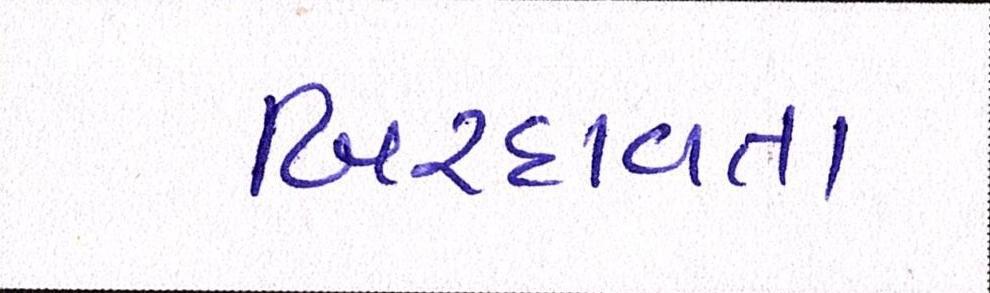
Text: બિરદાવતા